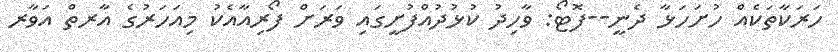
ހަރަކާތަކެއް ހުށަހަޅާ ދެނީ--ފޮޓޯ: ވާހިދު ކުޅުދުއްފުށީގައި ވަރަށް ފޯރިއާއެކު މިއަހަރުގެ އާރތް އަވާރ